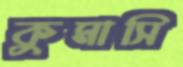
কুমাসি